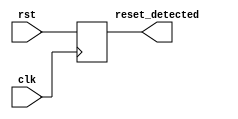
module synchronous_reset_detector (
    input wire clk,           // Clock signal
    input wire rst,           // Synchronous reset signal
    output reg reset_detected  // Output indicating reset status
);

// Always block triggered on the rising edge of the clock
always @(posedge clk) begin
    // Update reset_detected based on the state of rst
    reset_detected <= rst;
end

endmodule